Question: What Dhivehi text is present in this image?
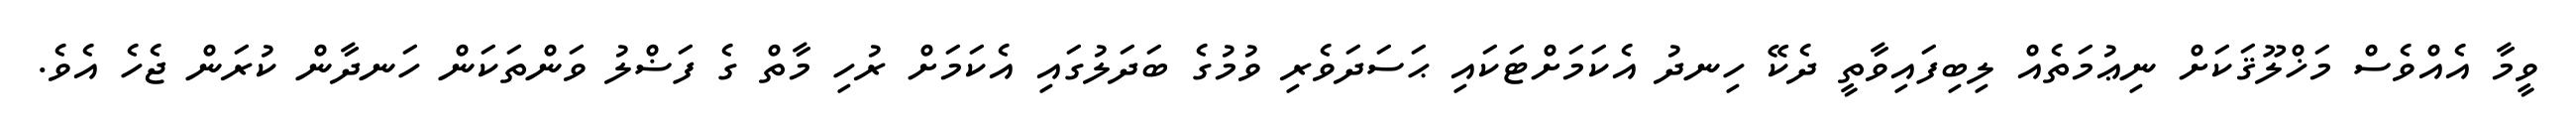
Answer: ވީމާ އެއްވެސް މަޚްލޫޤަކަށް ނިޢުމަތެއް ލިބިފައިވާތީ ދެކޭ ހިނދު އެކަމަށްޓަކައި ޙަސަދަވެރި ވުމުގެ ބަދަލުގައި އެކަމަށް ރުހި މާތް ގެ ފަޟްލު ވަންތަކަން ހަނދާން ކުރަން ޖެހެ އެވެ.